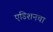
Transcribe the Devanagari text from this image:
एडिशनचा